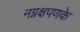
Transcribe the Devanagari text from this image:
नग्नक्षपणके